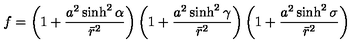
f = \left( 1 + \frac { a ^ { 2 } \sinh ^ { 2 } \alpha } { \bar { r } ^ { 2 } } \right) \left( 1 + \frac { a ^ { 2 } \sinh ^ { 2 } \gamma } { \bar { r } ^ { 2 } } \right) \left( 1 + \frac { a ^ { 2 } \sinh ^ { 2 } \sigma } { \bar { r } ^ { 2 } } \right)